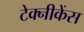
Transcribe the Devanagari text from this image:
टेक्नीकेंस